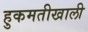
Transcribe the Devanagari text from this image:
हुकमतीखाली